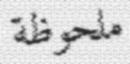
ملحوظة